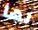
لها